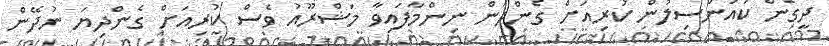
ދީގެން ކައުންސިލުން ކުރިއަށް ގެންދަން ނިންމާފައިވާ މަޝްރޫއު ވެސް ކުރިއަށް ގެންދިޔަ ނުދޭން